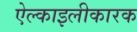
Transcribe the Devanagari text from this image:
ऐल्काइलीकारक